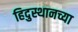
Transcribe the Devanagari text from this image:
हिदुस्थानच्या